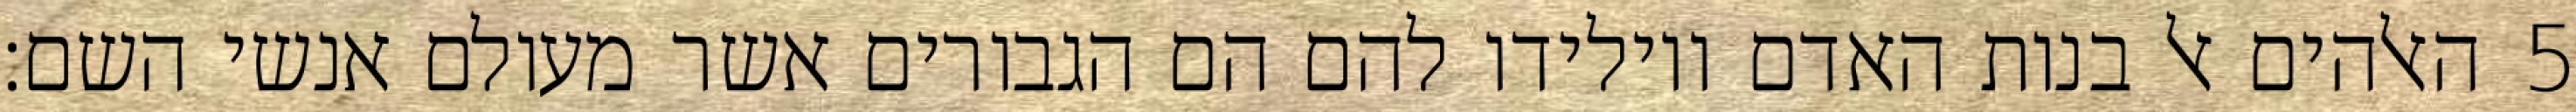
האלהים אל בנות האדם ויולידו להם הם הגבורים אשר מעולם אנשי השם׃ ‎5‏